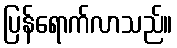
ပြန်ရောက်လာသည်။